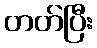
တတ်ပြီး